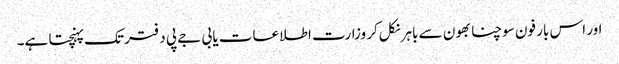
اور اس بار فون سوچنا بھون سے باہر نکل‌کر وزارت اطلاعات یا بی جے پی دفتر تک پہنچتا ہے۔